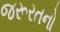
જરૂરતનો